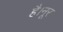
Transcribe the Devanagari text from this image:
है।नूर